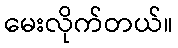
မေးလိုက်တယ်။